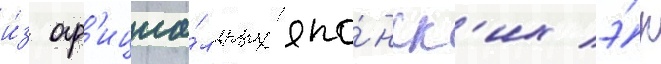
и́з оф'ициа́льных япо́нск'их э́р